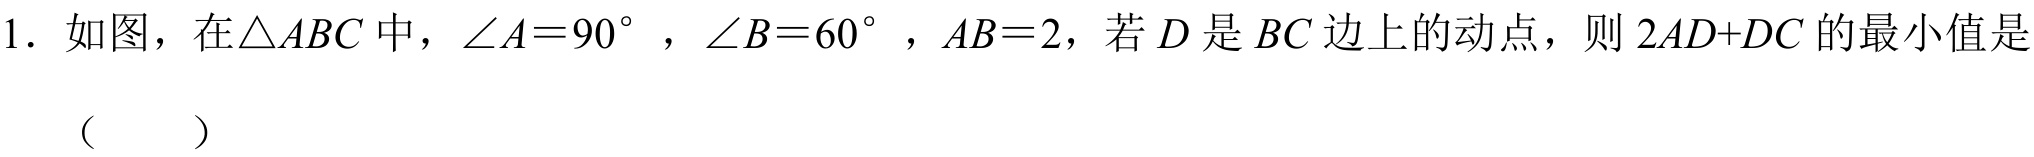
1. 如图，在\(\triangle ABC\)中，\(\angle A = 90^{\circ}\)，\(\angle B = 60^{\circ}\)，\(AB = 2\)，若\(D\)是\(BC\)边上的动点，则 \(2AD + DC\)的最小值是（  ）